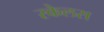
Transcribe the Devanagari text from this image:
स्केलस